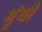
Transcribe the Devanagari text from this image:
गृंथो